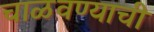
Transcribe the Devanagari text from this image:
चाळवण्याची